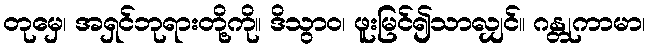
တုမှေ၊ အရှင်ဘုရားတို့ကို။ ဒိသွာဝ၊ ဖူးမြင်၍သာလျှင်။ ဂန္တုကာမာ၊